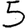
Digit: 5